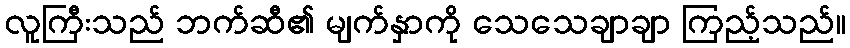
လူကြီးသည် ဘက်ဆီ၏ မျက်နှာကို သေသေချာချာ ကြည့်သည်။